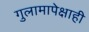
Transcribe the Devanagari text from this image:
गुलामापेक्षाही